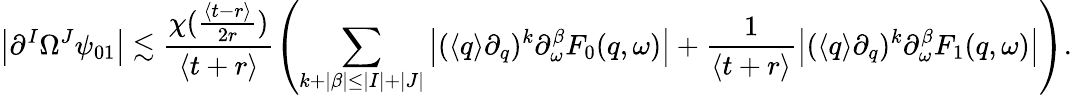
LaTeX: \left|\partial^{I}\Omega^{J}\psi_{01}\right|\lesssim\frac{\chi({\frac{\langle t-r\rangle}{2r}})}{\langle t+r\rangle}\left(\sum_{k+|\beta|\leq|I|+|J|}\left|(\langle q\rangle\partial_{q})^{k}\partial_{\omega}^{\beta}F_{0}(q,\omega)\right|+\frac{1}{\langle t+r\rangle}\left|(\langle q\rangle\partial_{q})^{k}\partial_{\omega}^{\beta}F_{1}(q,\omega)\right|\right).